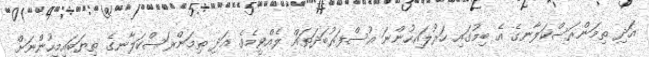
އަދި ތިމަންރަސްކަލާނގެ އެ ބިމުގައި ހަރުލައިހުންނަ އުސްފަރުބަދަތައް ލެއްވީމެވެ. އަދި ތިމަންރަސްކަލާނގެ ތިޔަބައިމީހުންނަށް